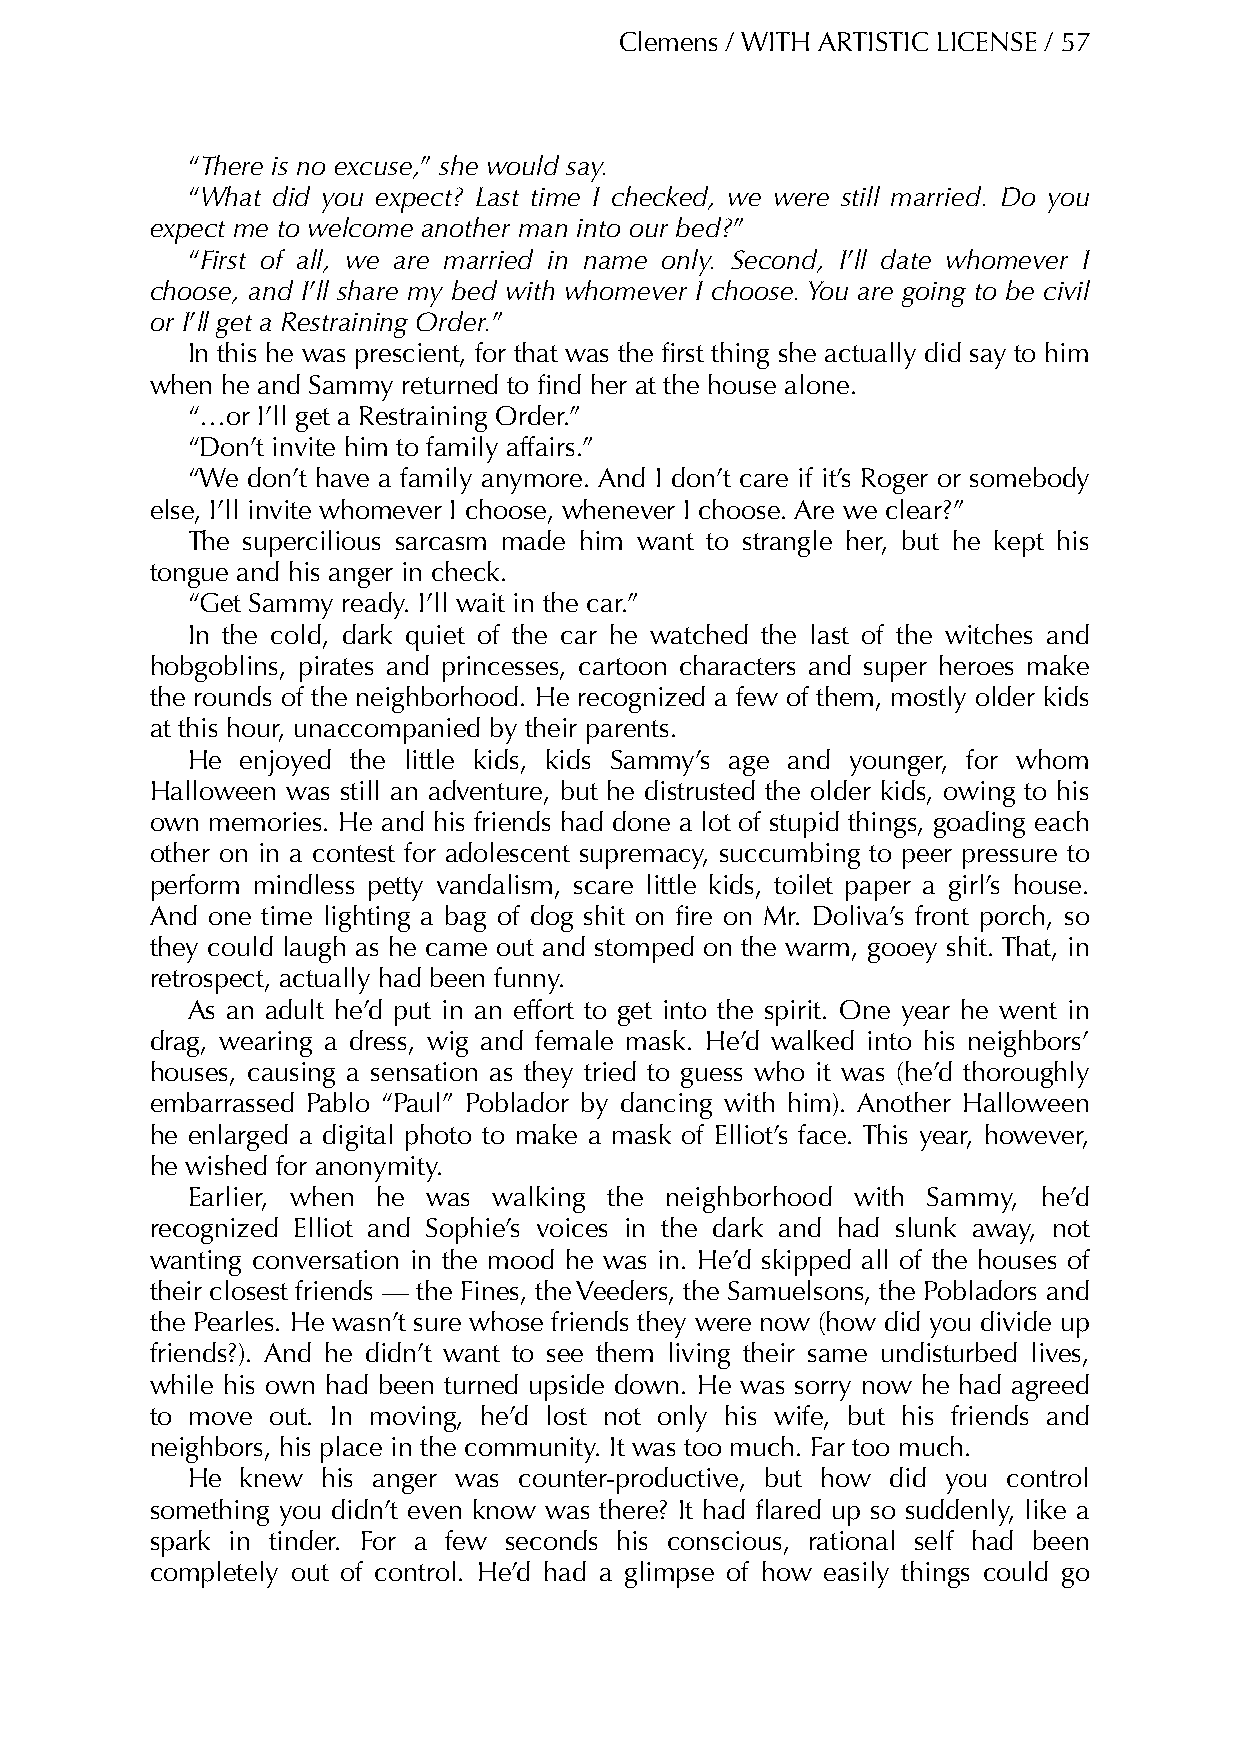
Clemens / WITH ARTISTIC LICENSE / 57
 “There is no excuse,” she would say.
 “What did you expect? Last time I checked, we were still married. Do you
 expect me to welcome another man into our bed?”
 “First of all, we are married in name only. Second, I’ll date whomever I
 choose, and I’ll share my bed with whomever I choose. You are going to be civil
 or I’ll get a Restraining Order.”
 In this he was prescient, for that was the first thing she actually did say to him
 when he and Sammy returned to find her at the house alone.
 “…or I’ll get a Restraining Order.”
 “Don’t invite him to family affairs.”
 “We don’t have a family anymore. And I don’t care if it’s Roger or somebody
 else, I’ll invite whomever I choose, whenever I choose. Are we clear?”
 The supercilious sarcasm made him want to strangle her, but he kept his
 tongue and his anger in check.
 “Get Sammy ready. I’ll wait in the car.”
 In the cold, dark quiet of the car he watched the last of the witches and
 hobgoblins, pirates and princesses, cartoon characters and super heroes make
 the rounds of the neighborhood. He recognized a few of them, mostly older kids
 at this hour, unaccompanied by their parents.
 He  enjoyed the little kids, kids Sammy’s age and younger, for whom
 Halloween was still an adventure, but he distrusted the older kids, owing to his
 own memories. He and his friends had done a lot of stupid things, goading each
 other on in a contest for adolescent supremacy, succumbing to peer pressure to
 perform mindless petty vandalism, scare little kids, toilet paper a girl’s house.
 And one time lighting a bag of dog shit on fire on Mr. Doliva’s front porch, so
 they could laugh as he came out and stomped on the warm, gooey shit. That, in
 retrospect, actually had been funny.
 As an adult he’d put in an effort to get into the spirit. One year he went in
 drag, wearing a dress, wig and female mask. He’d walked into his neighbors’
 houses, causing a sensation as they tried to guess who it was (he’d thoroughly
 embarrassed Pablo “Paul” Poblador by dancing with him). Another Halloween
 he enlarged a digital photo to make a mask of Elliot’s face. This year, however,
 he wished for anonymity.
 Earlier, when he was walking the neighborhood with Sammy, he’d
 recognized Elliot and Sophie’s voices in the dark and had slunk away, not
 wanting conversation in the mood he was in. He’d skipped all of the houses of
 their closest friends — the Fines, the Veeders, the Samuelsons, the Pobladors and
 the Pearles. He wasn’t sure whose friends they were now (how did you divide up
 friends?). And he didn’t want to see them living their same undisturbed lives,
 while his own had been turned upside down. He was sorry now he had agreed
 to move out. In moving, he’d lost not only his wife, but his friends and
 neighbors, his place in the community. It was too much. Far too much.
 He  knew his anger was counter-productive, but how did you control
 something you didn’t even know was there? It had flared up so suddenly, like a
 spark in tinder. For a few seconds his conscious, rational self had been
 completely out of control. He’d had a glimpse of how easily things could go